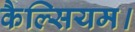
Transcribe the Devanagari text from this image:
कैल्सियम।